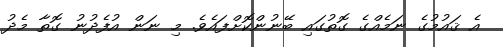
އެ ޤައުމުގެ ނަމެއްގެ ގޮތުގައި ބޭނުންކޮށްފައެވެ. މި ނަން އުފެދުނު ގޮތާ މެދު